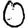
Digit: 0